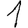
Digit: 1